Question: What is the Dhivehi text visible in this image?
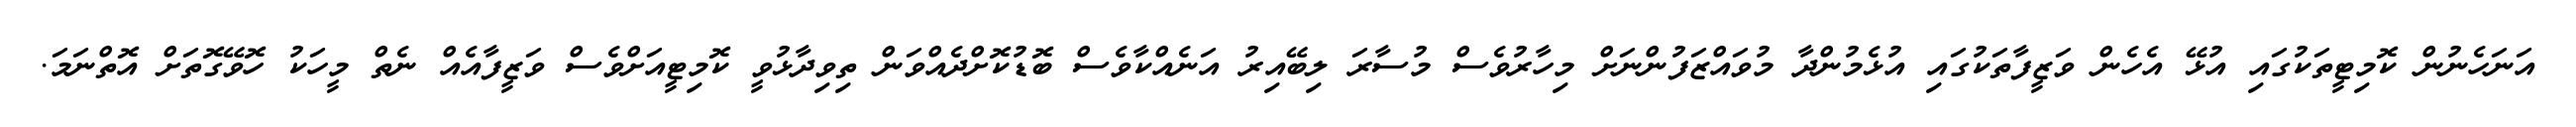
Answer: އަނަހެނުން ކޮމިޓީތަކުގައި އުޅޭ އެހެން ވަޒީފާތަކުގައި އުޅެމުންދާ މުވައްޒަފުންނަށް މިހާރުވެސް މުސާރަ ލިބޭއިރު އަނެއްކާވެސް ބޮޑުކޮށްދެއްވަން ތިވިދާޅުވީ ކޮމިޓީއަށްވެސް ވަޒީފާއެއް ނެތް މީހަކު ހޮވޭގޮތަށް އޮތްނަމަ.